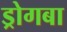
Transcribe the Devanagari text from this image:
ड्रोगबा